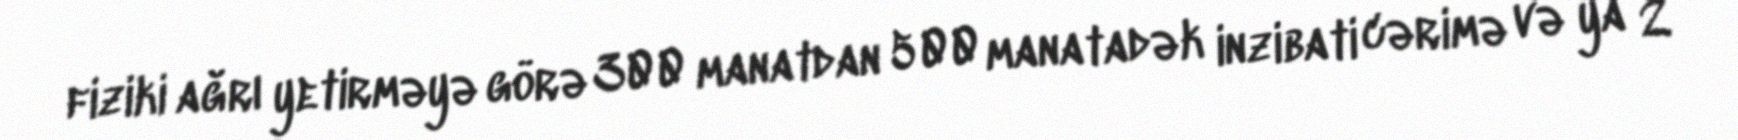
fiziki ağrı yetirməyə görə 300 manatdan 500 manatadək inzibati cərimə və ya 2